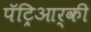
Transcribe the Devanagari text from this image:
पॅट्रिआर्की